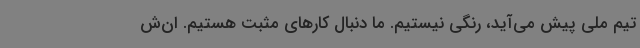
تیم ملی پیش می‌آید، رنگی نیستیم. ما دنبال کارهای مثبت هستیم. ان‌ش